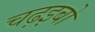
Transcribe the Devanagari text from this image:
चढ़इबो